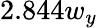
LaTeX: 2.844w_{y}